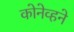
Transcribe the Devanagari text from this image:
कोनेव्हने